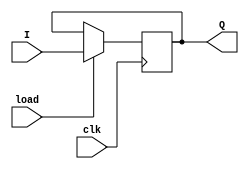
`timescale 1ns / 1ps
//////////////////////////////////////////////////////////////////////////////////
// Company: 
// Engineer: 
// 
// Design Name: 
// Module Name: Reg_4bit
// Project Name: 
// Target Devices: 
// Tool Versions: 
// Description: 
// 
// Dependencies: 
// 
// Revision:
// Revision 0.01 - File Created
// Additional Comments:
// 
//////////////////////////////////////////////////////////////////////////////////


module Reg_4bit(
        input clk ,load,
        input [3:0]I,
        output [3:0]Q
    );
    
//    genvar k;
//    generate
//        for(k=0 ; k<4 ; k=k+1)
//        begin: Register
//            D_FF bit(
//            .D(I[k]),
//            .clk(clk),
//            .reset_n(1),
//            .Q(Q[k])
            
//            );
//        end
//    endgenerate // Structure modelling

reg [3:0] Q_next,Q_reg;

always @(posedge clk)
begin
Q_reg <= Q_next;
end

always @(*)
begin
if(load)
Q_next = I;
else
Q_next=Q_reg;
end

assign Q=Q_reg;

endmodule